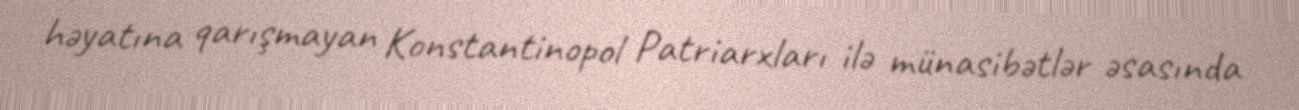
həyatına qarışmayan Konstantinopol Patriarxları ilə münasibətlər əsasında